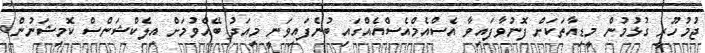
ޖުމުހޫރީ ގުޅުމުން މީޑިއާތަކަށް ފޮނުވާފައިވާ އެސްއެމްއެސްއެއްގައި ބުނެފައިވަނީ މިއަދު ބޭއްވުމަށް އިލެކްޝަންސް ކޮމިޝަނުން